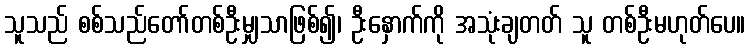
သူသည် စစ်သည်တော်တစ်ဦးမျှသာဖြစ်၍၊ ဦးနှောက်ကို အသုံးချတတ် သူ တစ်ဦးမဟုတ်ပေ။